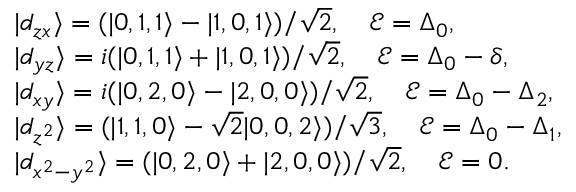
\begin{array} { r l } & { | d _ { z x } \rangle = ( | 0 , 1 , 1 \rangle - | 1 , 0 , 1 \rangle ) / \sqrt { 2 } , \quad \mathcal { E } = \Delta _ { 0 } , } \\ & { | d _ { y z } \rangle = i ( | 0 , 1 , 1 \rangle + | 1 , 0 , 1 \rangle ) / \sqrt { 2 } , \quad \mathcal { E } = \Delta _ { 0 } - \delta , } \\ & { | d _ { x y } \rangle = i ( | 0 , 2 , 0 \rangle - | 2 , 0 , 0 \rangle ) / \sqrt { 2 } , \quad \mathcal { E } = \Delta _ { 0 } - \Delta _ { 2 } , } \\ & { | d _ { z ^ { 2 } } \rangle = ( | 1 , 1 , 0 \rangle - \sqrt { 2 } | 0 , 0 , 2 \rangle ) / \sqrt { 3 } , \quad \mathcal { E } = \Delta _ { 0 } - \Delta _ { 1 } , } \\ & { | d _ { x ^ { 2 } - y ^ { 2 } } \rangle = ( | 0 , 2 , 0 \rangle + | 2 , 0 , 0 \rangle ) / \sqrt { 2 } , \quad \mathcal { E } = 0 . } \end{array}